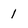
Character: 1